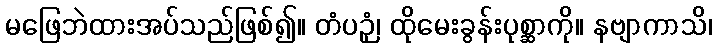
မဖြေဘဲထားအပ်သည်ဖြစ်၍။ တံပဉှံ၊ ထိုမေးခွန်းပုစ္ဆာကို။ နဗျာကာသိ၊